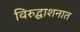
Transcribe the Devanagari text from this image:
विरुद्धाशनात